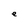
Character: e